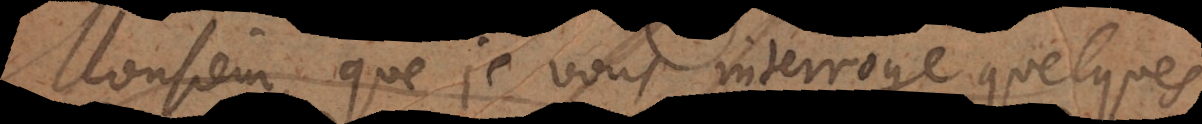
Monsieur, que je vous interroge quelques